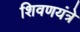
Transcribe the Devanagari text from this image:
शिवणयंत्रे